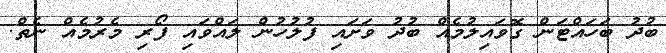
ބުދު ބަހައްޓަން ގޮވައިލުމެއް ބުދު ވަށައި ފުލުހުން ލައްވައި ފޯރި މެރުމެއް ނެތް.